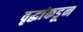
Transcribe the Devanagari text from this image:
वृद्धांकडून